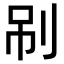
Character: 𠜏